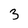
Character: 3